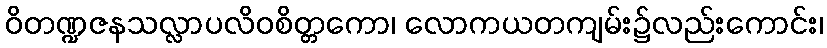
ဝိတဏ္ဍဇနသလ္လာပလိဝစိတ္တကော၊ လောကယတကျမ်း၌လည်းကောင်း၊